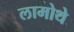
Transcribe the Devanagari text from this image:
लामोथे